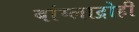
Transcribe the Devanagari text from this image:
बांग्लाद्रोही